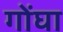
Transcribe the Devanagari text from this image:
गोंघा